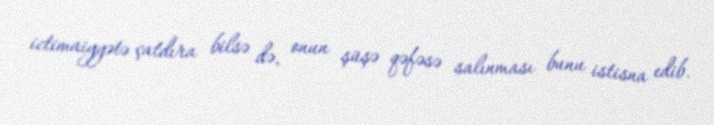
ictimaiyyətə çatdıra bilsə də, onun şüşə qəfəsə salınması bunu istisna edib.